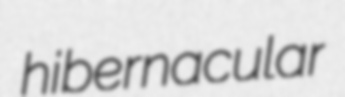
hibernacular